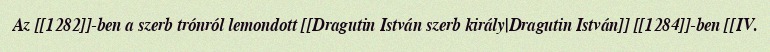
Az [[1282]]-ben a szerb trónról lemondott [[Dragutin István szerb király|Dragutin István]] [[1284]]-ben [[IV.